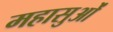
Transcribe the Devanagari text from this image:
महासुओं